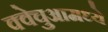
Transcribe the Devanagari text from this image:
क्वेचुआमध्ये